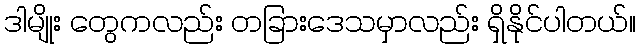
ဒါမျိုး တွေကလည်း တခြားဒေသမှာလည်း ရှိနိုင်ပါတယ်။